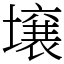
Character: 壌